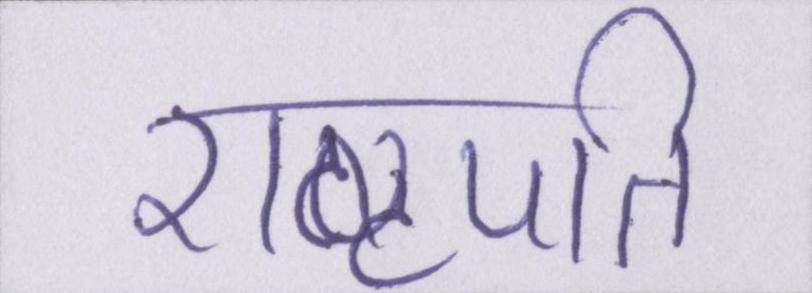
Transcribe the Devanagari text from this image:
राष्ट्रपति